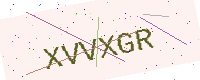
Text: XVVXGR